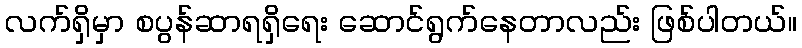
လက်ရှိမှာ စပွန်ဆာရရှိရေး ဆောင်ရွက်နေတာလည်း ဖြစ်ပါတယ်။